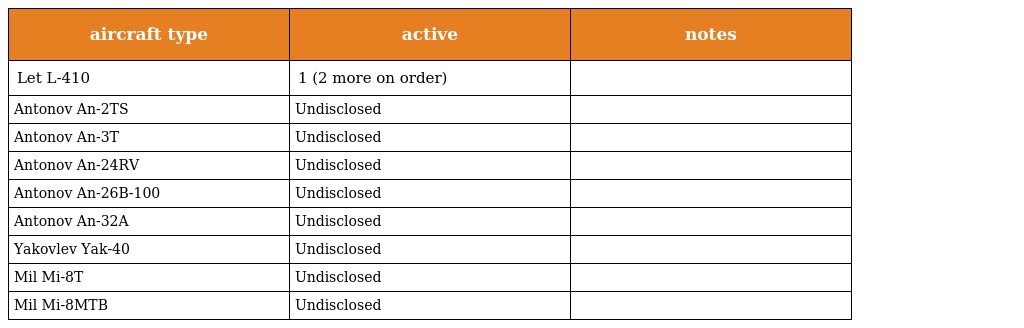
| aircraft type | active | notes |
 | --- | --- | --- |
 | Let L-410 | 1 (2 more on order) |  |
 | Antonov An-2TS | Undisclosed |  |
 | Antonov An-3T | Undisclosed |  |
 | Antonov An-24RV | Undisclosed |  |
 | Antonov An-26B-100 | Undisclosed |  |
 | Antonov An-32A | Undisclosed |  |
 | Yakovlev Yak-40 | Undisclosed |  |
 | Mil Mi-8T | Undisclosed |  |
 | Mil Mi-8MTB | Undisclosed |  |